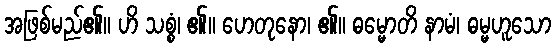
အဖြစ်မည်၏။ ဟိ သစ္စံ၊ ၏။ ဟေတုနော၊ ၏။ ဓမ္မောတိ နာမံ၊ ဓမ္မဟူသော